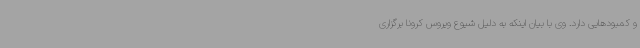
و کمبودهایی دارد. وی با بیان اینکه به دلیل شیوع ویروس کرونا برگزاری